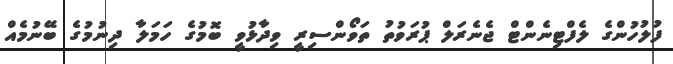
ފުލުހުންގެ ލެފްޓިނެންޓް ޖެނެރަލް ޕުރަވުތު ތަވޯންސިރީ ވިދާޅުވީ ބޮމުގެ ހަމަލާ ދިނުމުގެ ބޭނުމެއް